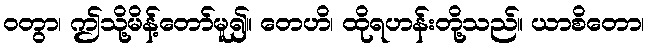
ဝတွာ၊ ဤသို့မိန့်တော်မူ၍။ တေဟိ၊ ထိုရဟန်းတို့သည်။ ယာစိတော၊